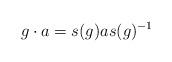
LaTeX: \begin{align*}g \cdot a = s(g) a s(g)^{-1}\end{align*}